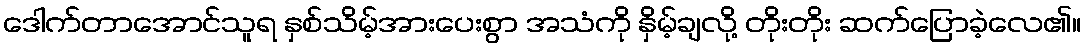
ဒေါက်တာအောင်သူရ နှစ်သိမ့်အားပေးစွာ အသံကို နှိမ့်ချလို့ တိုးတိုး ဆက်ပြောခဲ့လေ၏။